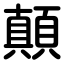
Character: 顛